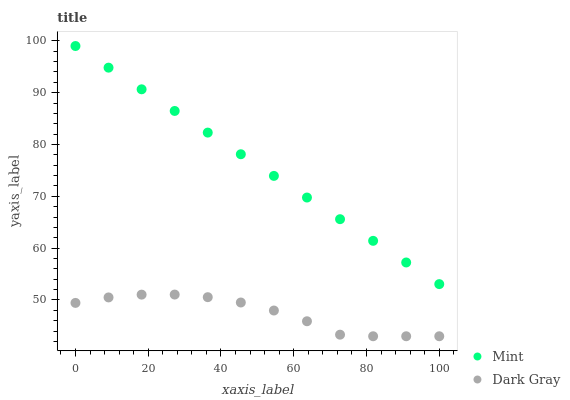
| xaxis_label | Mint | Dark Gray |
 | --- | --- | --- |
 | 0 | 99 | 49.4 |
 | 9.09 | 94.8 | 50.5 |
 | 18.2 | 90.6 | 51 |
 | 27.3 | 86.5 | 51 |
 | 36.4 | 82.3 | 50.5 |
 | 45.5 | 78.1 | 49.5 |
 | 54.5 | 73.9 | 48 |
 | 63.6 | 69.8 | 45.9 |
 | 72.7 | 65.6 | 43.3 |
 | 81.8 | 61.4 | 43 |
 | 90.9 | 57.2 | 43 |
 | 100 | 53.1 | 43 |